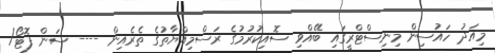
މިއަދު ހައުސިން މިނިސްޓްރީގައި ބޭއްވި ސޮއިކުރުމުގެ ރަސްމިއްޔާތުގެ ތެރެއިން ---- ސަން ފޮޓޯ/